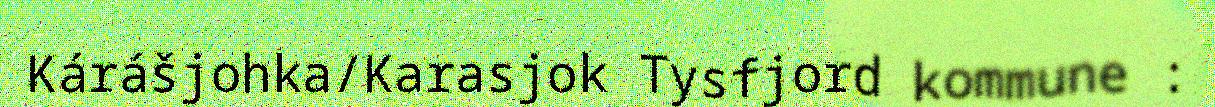
Kárášjohka/Karasjok Tysfjord kommune :